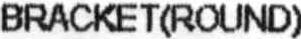
BRACKET(ROUND)